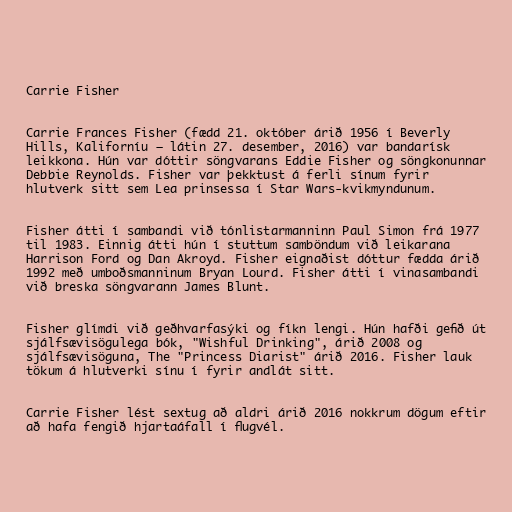
Carrie Fisher

Carrie Frances Fisher (fædd 21. október árið 1956 í Beverly
Hills, Kaliforníu – látin 27. desember, 2016) var bandarísk
leikkona. Hún var dóttir söngvarans Eddie Fisher og söngkonunnar
Debbie Reynolds. Fisher var þekktust á ferli sínum fyrir
hlutverk sitt sem Lea prinsessa í Star Wars-kvikmyndunum.

Fisher átti í sambandi við tónlistarmanninn Paul Simon frá 1977
til 1983. Einnig átti hún í stuttum samböndum við leikarana
Harrison Ford og Dan Akroyd. Fisher eignaðist dóttur fædda árið
1992 með umboðsmanninum Bryan Lourd. Fisher átti í vinasambandi
við breska söngvarann James Blunt.

Fisher glímdi við geðhvarfasýki og fíkn lengi. Hún hafði gefið út
sjálfsævisögulega bók, "Wishful Drinking", árið 2008 og
sjálfsævisöguna, The "Princess Diarist" árið 2016. Fisher lauk
tökum á hlutverki sínu í fyrir andlát sitt.

Carrie Fisher lést sextug að aldri árið 2016 nokkrum dögum eftir
að hafa fengið hjartaáfall í flugvél.